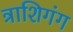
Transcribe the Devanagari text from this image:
त्राशिगंग